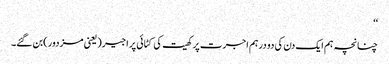
‘‘
چنانچہ ہم ایک دن کی دو درہم اجرت پر کھیت کی کٹائی پر اجیر(یعنی مزدور)بن گئے۔